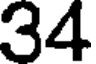
34